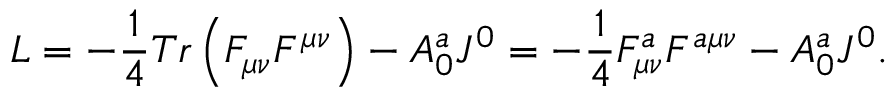
{ \cal L } = - \frac { 1 } { 4 } T r \left( { F _ { \mu \nu } F ^ { \mu \nu } } \right) - A _ { 0 } ^ { a } J ^ { 0 } = - \frac { 1 } { 4 } F _ { \mu \nu } ^ { a } F ^ { a \mu \nu } - A _ { 0 } ^ { a } J ^ { 0 } .